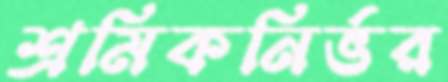
শ্রমিকনির্ভর